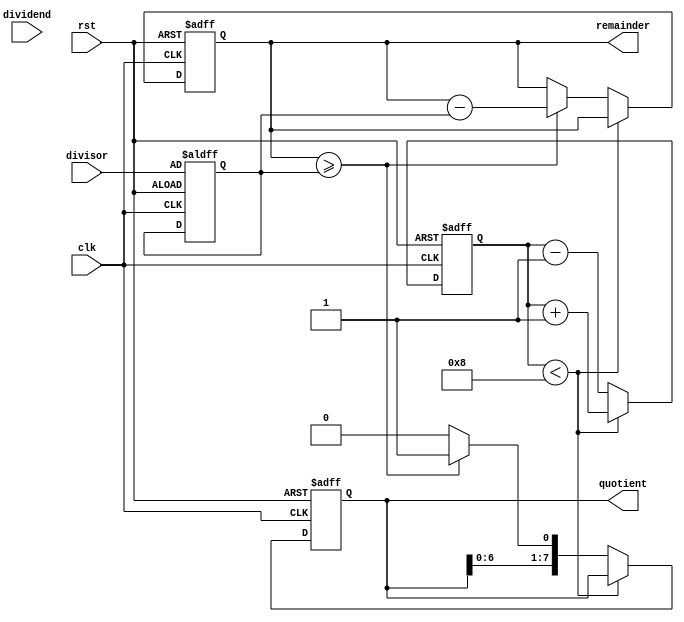
module binary_divider (
    input wire [7:0] dividend,
    input wire [7:0] divisor,
    output wire [7:0] quotient,
    output wire [7:0] remainder,
    input wire clk,
    input wire rst
);

reg [15:0] dividend_reg;
reg [7:0] divisor_reg;
reg [7:0] quotient_reg;
reg [7:0] remainder_reg;

reg [3:0] shift_count;
reg [7:0] sub_result;

always @(posedge clk or posedge rst) begin
    if (rst) begin
        dividend_reg <= {8'b0, dividend};
        divisor_reg <= divisor;
        quotient_reg <= 8'b0;
        remainder_reg <= 8'b0;
        shift_count <= 4'b0;
        sub_result <= 8'b0;
    end else begin
        if (shift_count < 8) begin
            dividend_reg <= {dividend_reg[14:0], dividend_reg[15]};
            shift_count <= shift_count + 1;
        end else begin
            if (sub_result >= divisor_reg) begin
                sub_result <= sub_result - divisor_reg;
                quotient_reg <= {quotient_reg[6:0], 1'b1};
            end else begin
                sub_result <= sub_result;
                quotient_reg <= {quotient_reg[6:0], 1'b0};
            end
            shift_count <= shift_count - 1;
        end
    end
end

assign quotient = quotient_reg;
assign remainder = sub_result;

endmodule